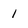
Character: l